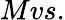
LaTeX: Mvs.